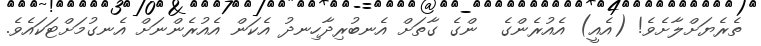
ތެރެޔަށްލާށެވެ! (އެއީ) އެއުރެންގެ  ންގެ ގާތަށް އެނބުރިދާހިނދު އެކަން އެއުރެންނަށް އެނގުމަށްޓަކައެވެ.